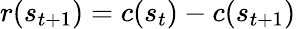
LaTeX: r(s_{t+1})=c(s_{t})-c(s_{t+1})